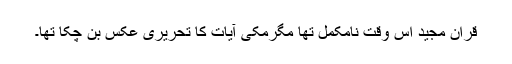
قران مجید اُس وقت نامکمل تھا مگرمکی آیات کا تحریری عکس بن چکا تھا۔